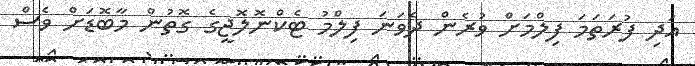
އަދި ފުރަތަމަ ފިލްމަށް ވުރެން ދެވަނަ ފިލްމު ޓެކްނޮލޮޖީގެ ގޮތުން މާބޮޑަށް ވެސް